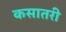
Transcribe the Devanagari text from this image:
कसातरी